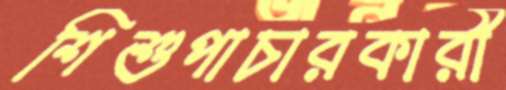
শিশুপাচারকারী